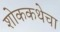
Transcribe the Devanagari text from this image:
शोककथेचा